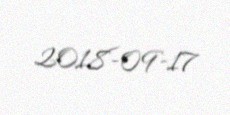
2018-09-17